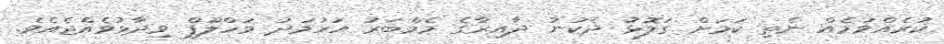
ކުރެއްވުމެއް ނެތި ކަމަށް ގަލޮޅު ދެކުނު ދާއިރާގެ މެމްބަރު އަހުމަދު މަހްލޫފް ވިދާޅުވެއްޖެއެވެ.